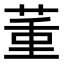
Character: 𦱦